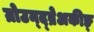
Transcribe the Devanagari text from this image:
ग्रोउन्द्ब्रेअकीङ्